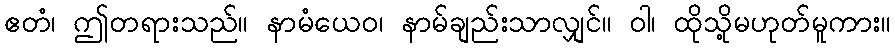
ဧတံ၊ ဤတရားသည်။ နာမံယေဝ၊ နာမ်ချည်းသာလျှင်။ ဝါ၊ ထိုသို့မဟုတ်မူကား။